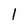
Character: 1